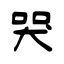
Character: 哭